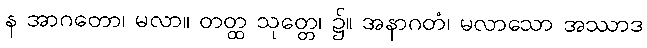
န အာဂတော၊ မလာ။ တတ္ထ သုတ္တေ၊ ၌။ အနာဂတံ၊ မလာသော အဿာဒ